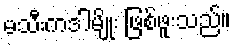
မသီးကဒါမျိုး ဖြစ်ဖူးသည်။